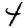
Digit: 4